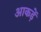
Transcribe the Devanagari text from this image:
आकड़ें